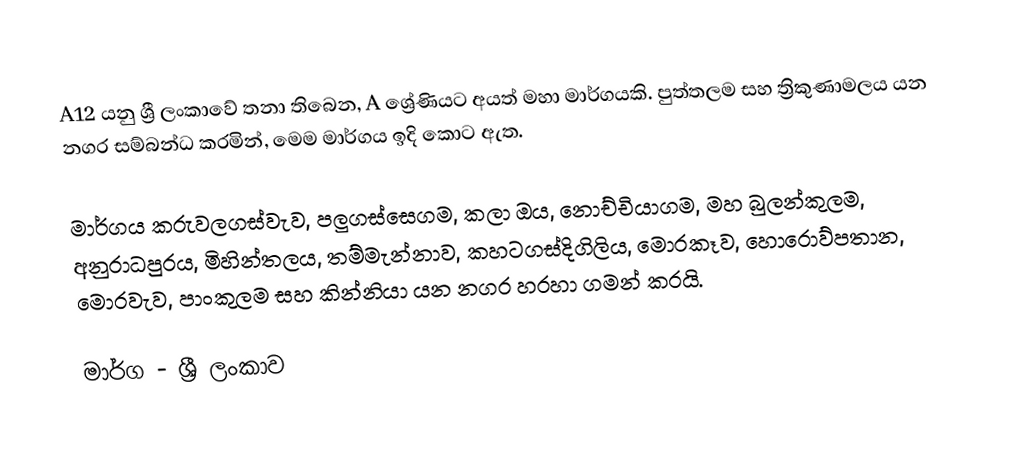
A12 යනු ශ්‍රී ලංකාවේ තනා තිබෙන, A ශ්‍රේණියට අයත් මහා මාර්ගයකි. පුත්තලම සහ ත්‍රිකුණාමලය යන නගර සම්බන්ධ කරමින්, මෙම මාර්ගය ඉදි කොට ඇත.

මාර්ගය කරුවලගස්වැව, පලුගස්සෙගම, කලා ඔය, නොච්චියාගම, මහ බුලන්කුලම, අනුරාධපුරය, මිහින්තලය, තම්මැන්නාව, කහටගස්දිගිලිය, මොරකෑව, හොරොව්පතාන, මොරවැව, පාංකුලම සහ කින්නියා යන නගර හරහා ගමන් කරයි.

මාර්ග - ශ්‍රී ලංකාව